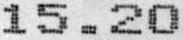
15.20